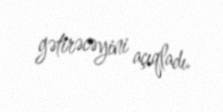
gətirəcəyini açıqladı.